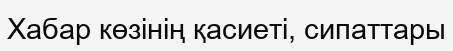
Хабар көзінің қасиеті, сипаттары